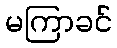
မကြာခင်